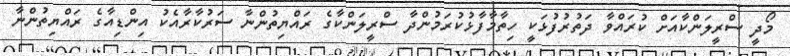
މޯދީ ސްރީލަންކާއަށް ކުރައްވާ ދަތުރުފުޅަކީ ހިތާމާފާޅުކުރަމުންދާ ސްރީލަންކާގެ ރައްޔިތުންނާ ސަރުކާރާއެކު އިންޑިއާގެ ރައްޔިތުންނާ